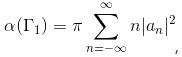
$\alpha\left(\Gamma_{1}\right)=\pi \sum_{n=-\infty}^{\infty}\left|a_{n}\right|^{2}$